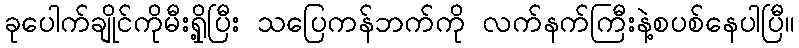
ခုပေါက်ချိုင်ကိုမီးရှို့ပြီး သပြေကန်ဘက်ကို လက်နက်ကြီးနဲ့စပစ်နေပါပြီ။